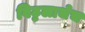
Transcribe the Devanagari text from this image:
विठ्ठलाचेच